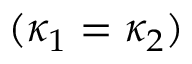
( \kappa _ { 1 } = \kappa _ { 2 } )